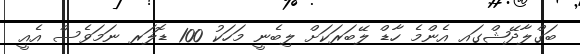
ބަގްލާދޭޝްގައ އެންމެ ހާޑް ލޭބަރަކަށް ލިބެނީ މަހަކު 100 ޑޮލަރ ނަމަވެސް އެއީ